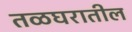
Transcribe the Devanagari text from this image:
तळघरातील